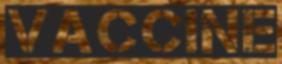
VACCINE